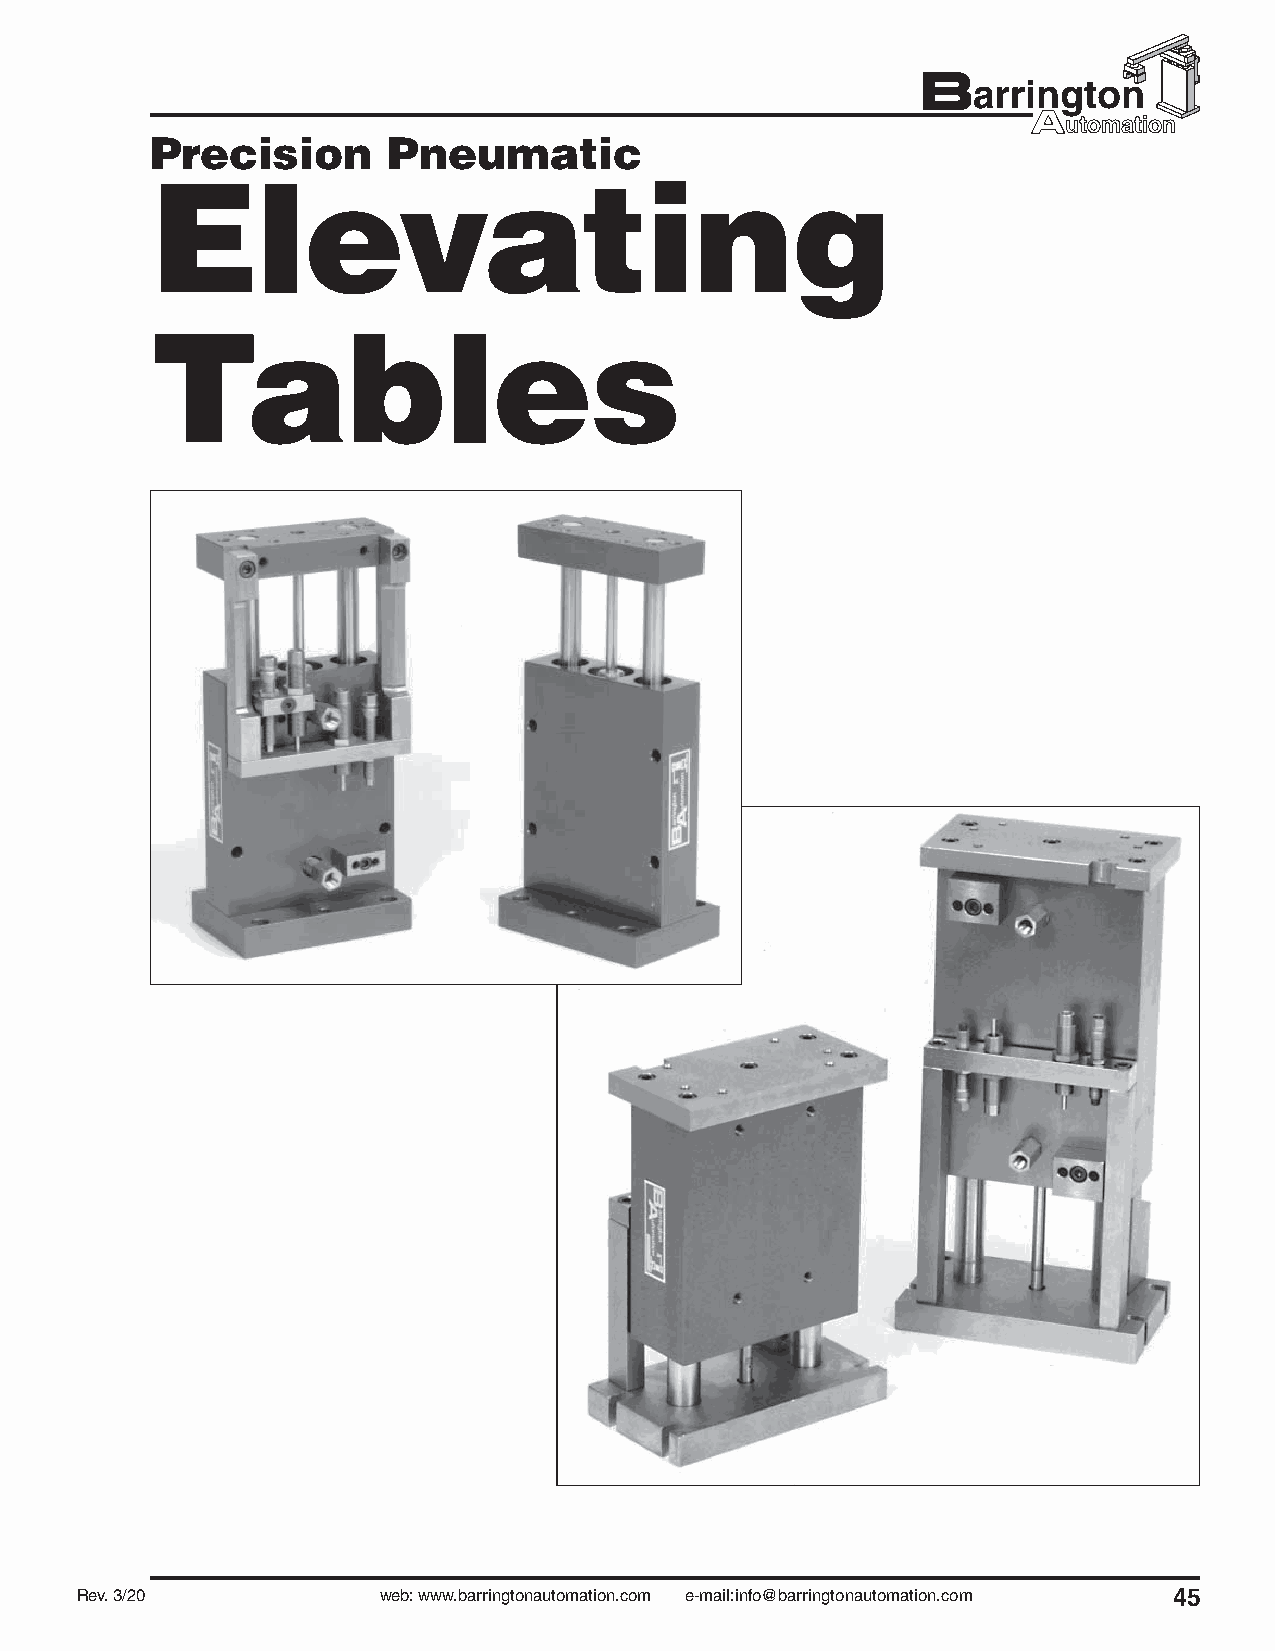
Precision       Pneumatic
 Elevating
 Tables
 Rev. 3/20           web: www.barringtonautomation.com e-mail:info@barringtonautomation.com 45